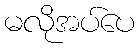
မလိုအပ်ပေ